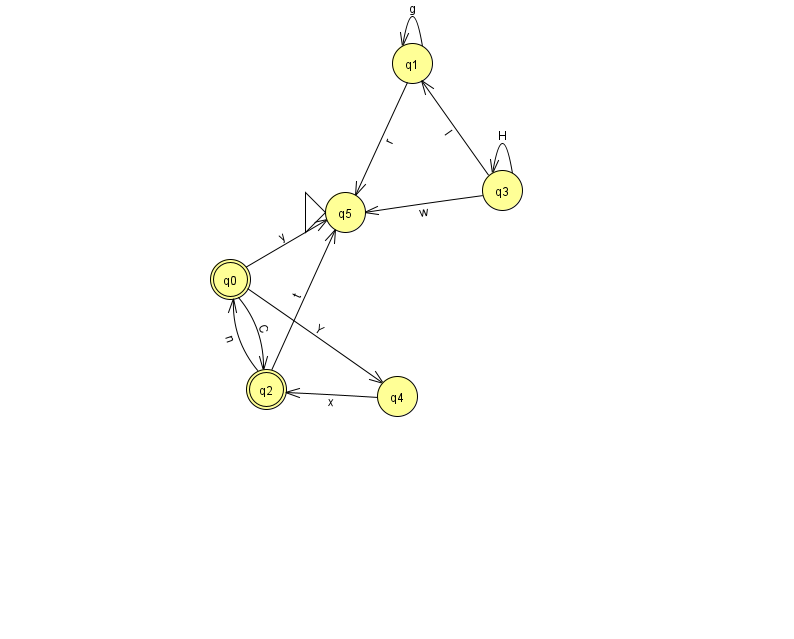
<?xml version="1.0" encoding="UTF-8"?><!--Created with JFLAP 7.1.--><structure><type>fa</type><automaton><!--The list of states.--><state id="0" name="q0"><x>230.0</x><y>266.0</y><final/></state><state id="1" name="q1"><x>412.0</x><y>50.0</y></state><state id="2" name="q2"><x>266.0</x><y>376.0</y><final/></state><state id="3" name="q3"><x>502.0</x><y>177.0</y></state><state id="4" name="q4"><x>397.0</x><y>383.0</y></state><state id="5" name="q5"><x>345.0</x><y>199.0</y><initial/></state><!--The list of transitions.--><transition><from>4</from><to>2</to><read>x</read></transition><transition><from>0</from><to>5</to><read>y</read></transition><transition><from>2</from><to>0</to><read>n</read></transition><transition><from>2</from><to>5</to><read>t</read></transition><transition><from>1</from><to>1</to><read>g</read></transition><transition><from>3</from><to>3</to><read>H</read></transition><transition><from>0</from><to>4</to><read>Y</read></transition><transition><from>3</from><to>5</to><read>w</read></transition><transition><from>1</from><to>5</to><read>r</read></transition><transition><from>3</from><to>1</to><read>I</read></transition><transition><from>0</from><to>2</to><read>C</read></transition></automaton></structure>